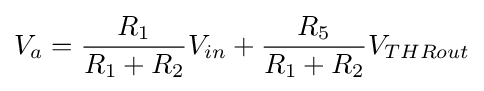
V_{a}={R_{1} \over {R_{1}+R_{2}}}V_{in}+{R_{5} \over {R_{1}+R_{2}}}V_{THRout}